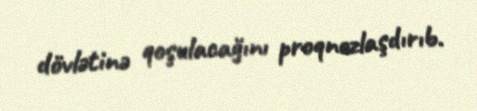
dövlətinə qoşulacağını proqnozlaşdırıb.